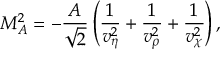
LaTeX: M _ { A } ^ { 2 } = - \frac { A } { \sqrt 2 } \left( \frac { 1 } { v _ { \eta } ^ { 2 } } + \frac { 1 } { v _ { \rho } ^ { 2 } } + \frac { 1 } { v _ { \chi } ^ { 2 } } \right) ,